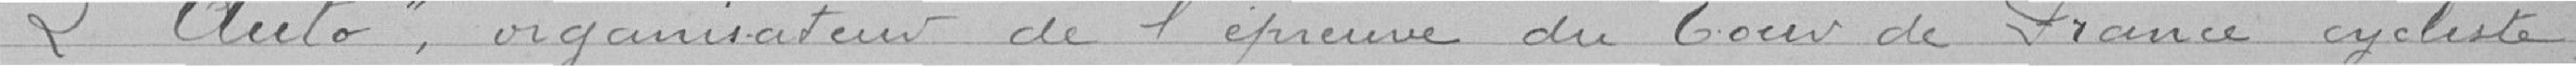
"L'Auto", organisateur de l'épreuve du tour de France cycliste,